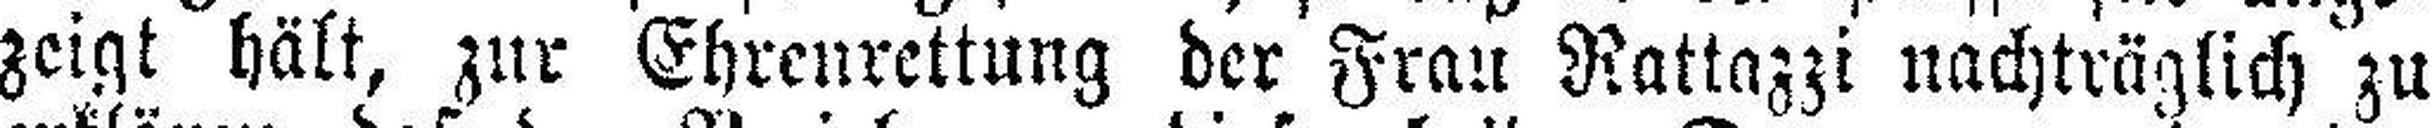
zeigt hält, zur Ehrenrettung der Frau Rattazzi nachträglich zu